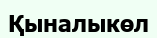
Қыналыкөл